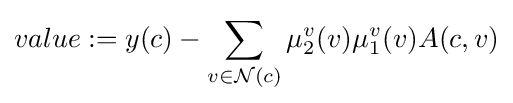
value:=y(c)-\sum _{v\in {\mathcal {N}}(c)}{\mu _{2}^{v}(v)\mu _{1}^{v}(v)A(c,v)}